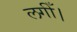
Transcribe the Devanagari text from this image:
लगीँ।